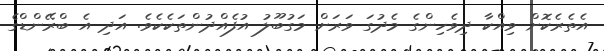
އެތެރެކޮށް ވިއްކާ ދިވެހިންގެ މެދުގަ ވަރަށް މަގުބޫލު އުފެއްދުންތަކެކެވެ. އަދި އެ ބްރޭންޑްގެ